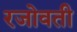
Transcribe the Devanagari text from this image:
रजोवती